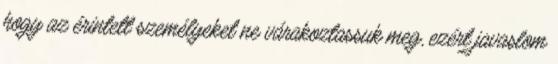
hogy az érintett személyeket ne várakoztassuk meg, ezért javaslom